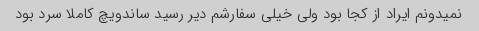
نمیدونم ایراد از کجا بود ولی خیلی سفارشم دیر رسید ساندویچ کاملا سرد بود